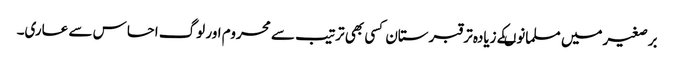
برصغیرمیں مسلمانوںکے زیادہ تر قبرستان کسی بھی ترتیب سے محروم اور لوگ احساس سے عاری۔